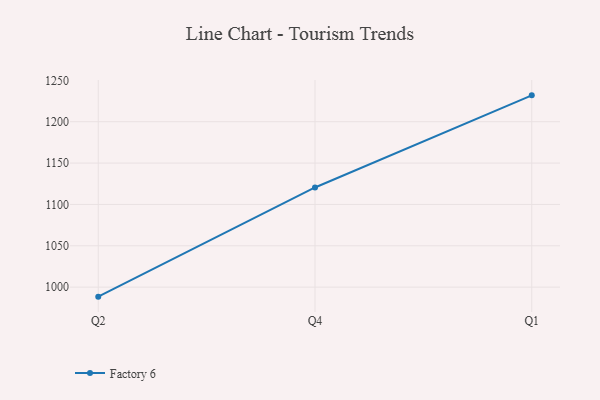
{"axis": {"x": "Quarter", "y": "Inventory Turnover"}, "legend": ["Factory 6"], "data": [{"x": "Q2", "y": 988.5, "type": "Factory 6"}, {"x": "Q4", "y": 1120.5, "type": "Factory 6"}, {"x": "Q1", "y": 1231.9, "type": "Factory 6"}]}